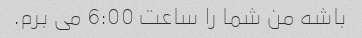
باشه من شما را ساعت 6:00 می برم.